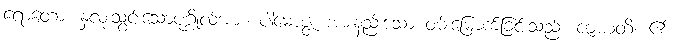
ရောတော၊ နှလုံးသွင်းသောပုဂ္ဂိုလ်အား။ ပါမောဇ္ဇံ၊ အားနည်းသော ဝမ်းမြောက်ခြင်းသည်။ ဇာယတိ၊ ၏။